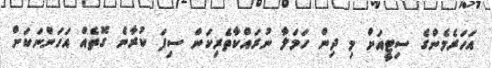
އަހަރެމެންގެ ސިޓީއަށް މި ދިން ހަމަލާ ނުރައްކާތެރިކަން ސިފަ ކުރާނެ ގޮތެއް އަހަންނަކަށް